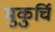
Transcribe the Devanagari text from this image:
मुकुर्चि